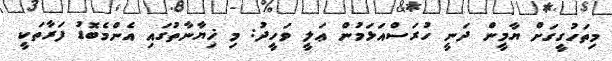
މިތަހުގީގަށް ޔާމީން ދަނީ ހުރަސްއަޅަމުން ޢަލީ ވަހީދު: މި ޚިޔާނާތުގައި އެންމެބޮޑު ފަރާތަކީ